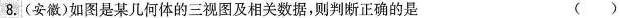
8.(安徽)如图是某几何体的三视图及相关数据，则判断正确的是 ( )